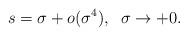
LaTeX: \begin{align*}s=\sigma+o(\sigma^4),\;\;\sigma\to+0. \end{align*}